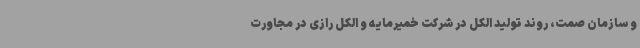
و سازمان صمت، روند تولید الکل در شرکت خمیرمایه و الکل رازی در مجاورت